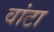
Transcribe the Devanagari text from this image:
वांटा